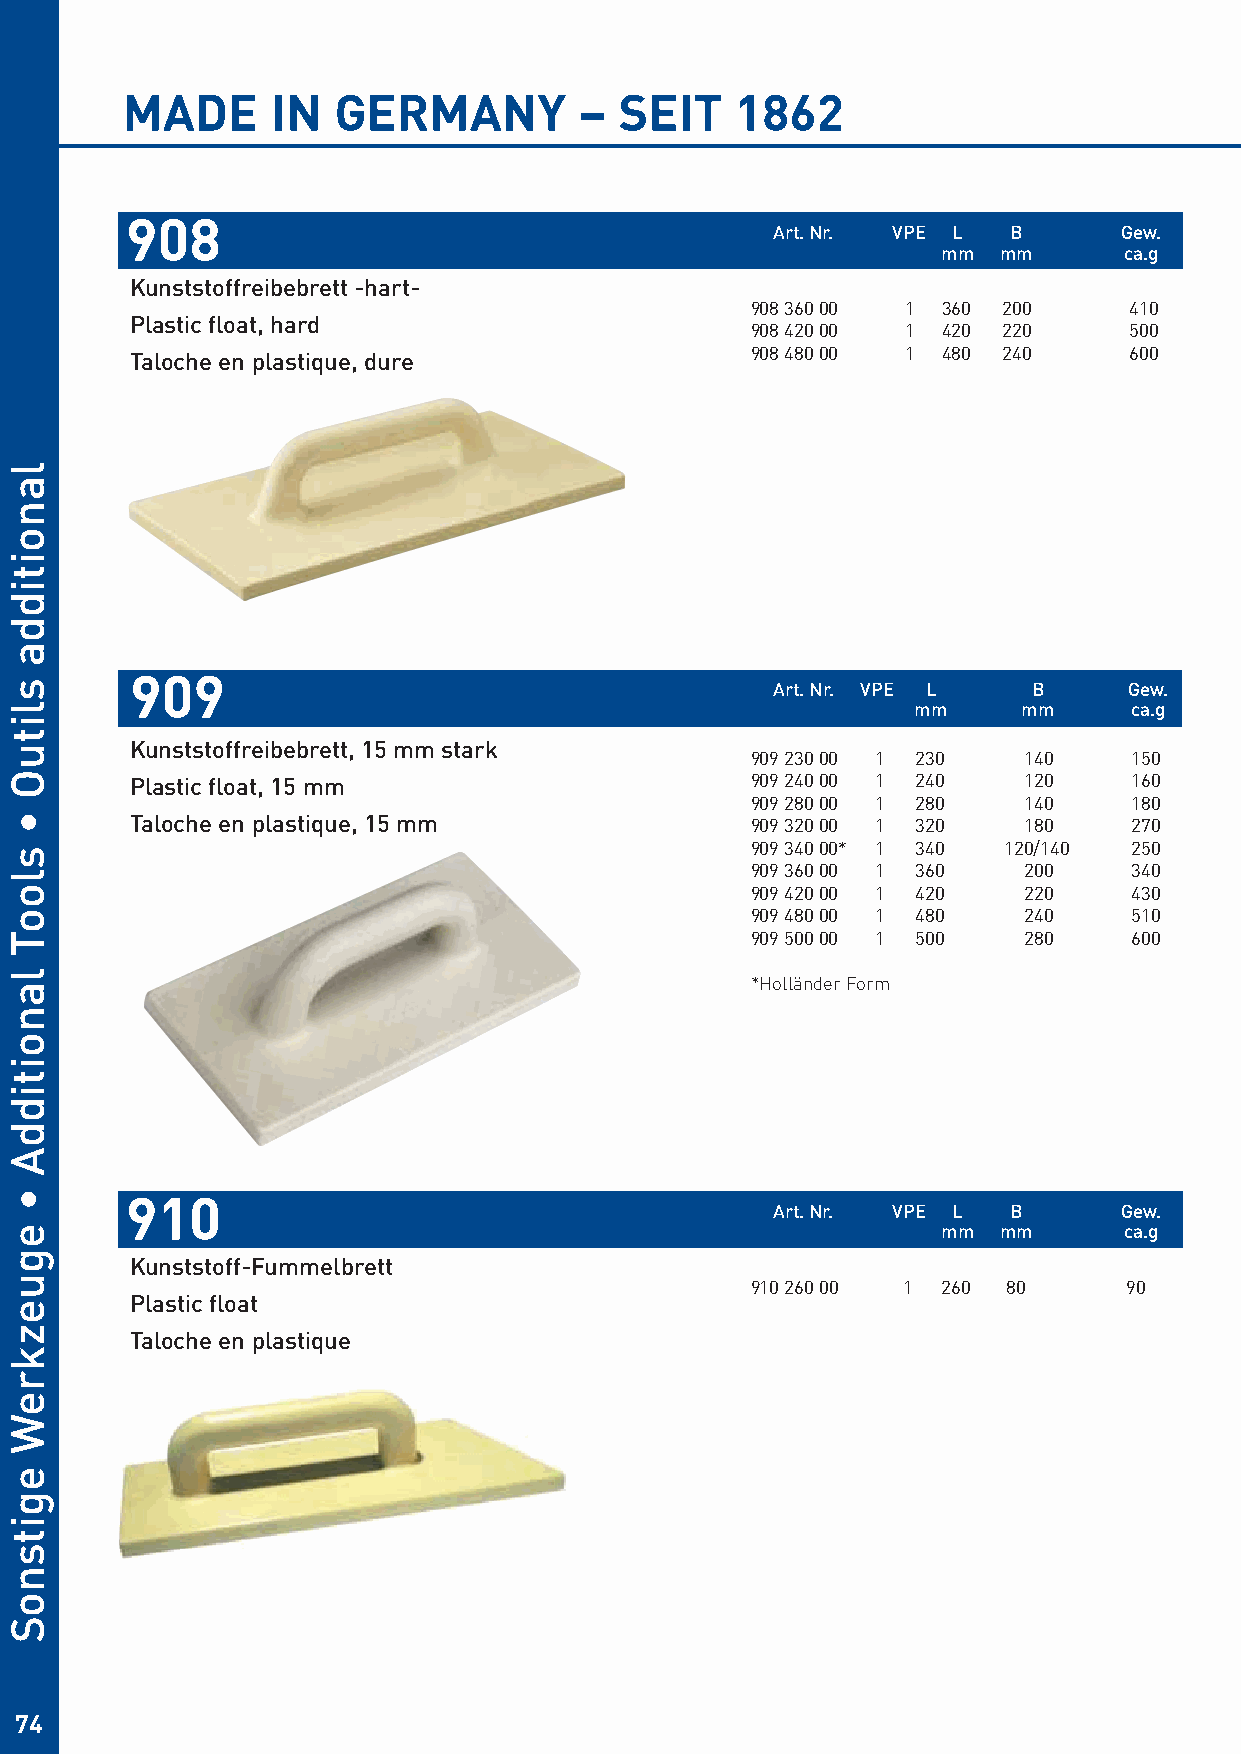
MADE      IN  GERMANY         –  SEIT    1862
 908
 Art. Nr. VPE L  B      Gew.
 mm  mm      ca.g
 Kunststoffreibebrett -hart-
 908 360 00 1 360 200     410
 Plastic float, hard
 908 420 00 1 420 220     500
 908 480 00 1 480 240     600
 Taloche en plastique, dure
 909                                       Art. Nr. VPE L   B      Gew.
 mm     mm     ca.g
 Kunststoffreibebrett, 15 mm stark
 909 230 00 1 230  140    150
 Plastic float, 15 mm                     909 240 00 1 240  120    160
 909 280 00 1 280  140    180
 Taloche en plastique, 15 mm              909 320 00 1 320  180    270
 909 340 00* 1 340 120/140 250
 909 360 00 1 360  200    340
 909 420 00 1 420  220    430
 909 480 00 1 480  240    510
 909 500 00 1 500  280    600
 *Holländer Form
 910
 Art. Nr. VPE L  B      Gew.
 mm  mm      ca.g
 Kunststoff-Fummelbrett
 910 260 00 1 260 80     90
 Plastic float
 Taloche en plastique
 74
 lanoitidda
 slituO
 •
 slooT
 lanoitiddA
 •
 eguezkreW
 egitsnoS